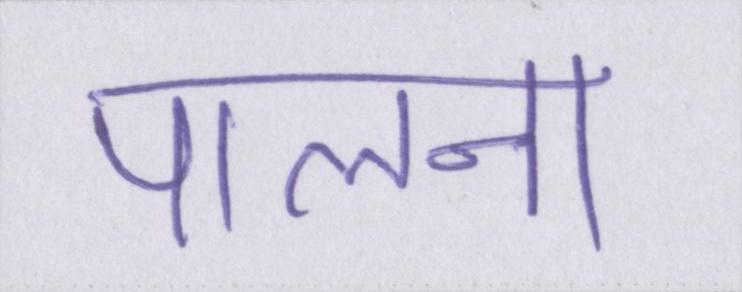
पालना